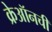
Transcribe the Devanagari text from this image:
क्रेऑनची